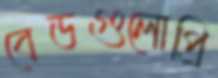
বেডগুলোপ্রি